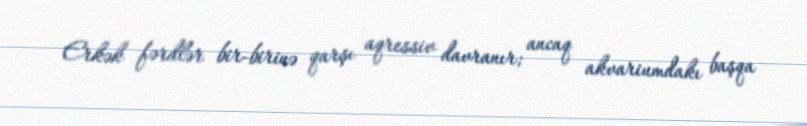
Erkək fərdlər bir-birinə qarşı aqressiv davranır; ancaq akvariumdakı başqa